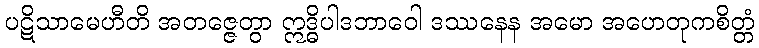
ပဋိသာမေဟီတိ အတဇ္ဇေတွာ ဣဒ္ဓိပါဒဘာဝေါ ဒဿနေန အမော အဟေတုကစိတ္တံ